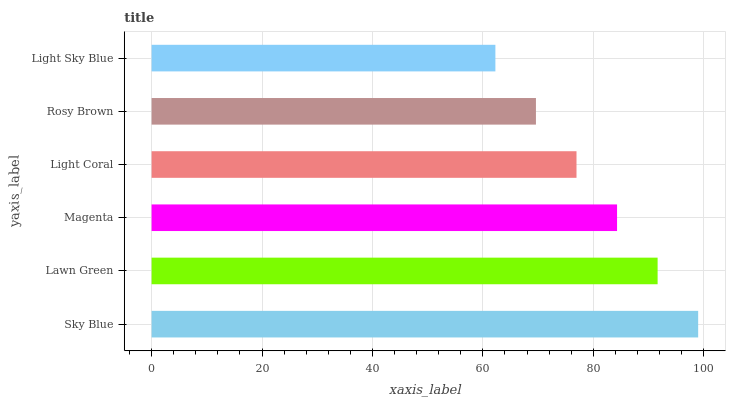
| yaxis_label | bars |
 | --- | --- |
 | Sky Blue | 99 |
 | Lawn Green | 91.7 |
 | Magenta | 84.3 |
 | Light Coral | 77 |
 | Rosy Brown | 69.6 |
 | Light Sky Blue | 62.3 |